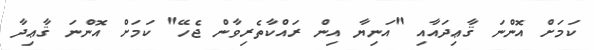
ކަމަށް އޮންނަ ޤާޢިދައާއި "އަނިޔާ އިން ރައްކާތެރިވާން ޖެހޭ" ކަމަށް އޮންނަ ޤާޢިދާ